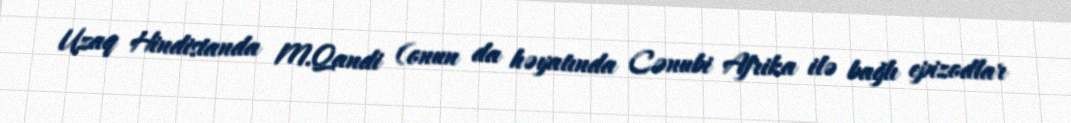
Uzaq Hindistanda M.Qandi (onun da həyatında Cənubi Afrika ilə bağlı epizodlar